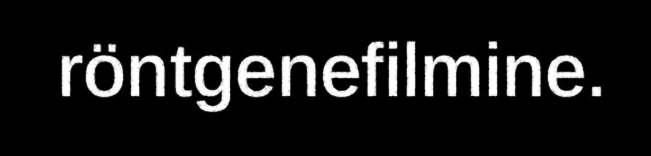
röntgenefilmine.